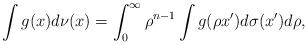
LaTeX: \begin{align*}\int g(x) d\nu(x)= \int_{0}^{\infty} \rho^{n-1} \int g(\rho x') d\sigma(x') d\rho, \end{align*}